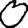
Digit: 0